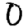
Digit: 0